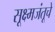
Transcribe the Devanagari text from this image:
सूक्ष्मजंतूचे